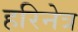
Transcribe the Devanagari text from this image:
हरिनेत्र